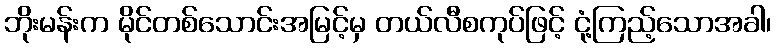
ဘိုးမန်းက မိုင်တစ်သောင်းအမြင့်မှ တယ်လီစကုပ်ဖြင့် ငုံ့ကြည့်သောအခါ၊